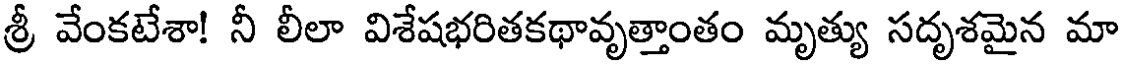
శ్రీ వేంకటేశా! నీ లీలా విశేషభరితకథావృత్తాంతం మృత్యు సదృశమైన మా